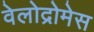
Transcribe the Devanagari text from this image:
वेलोद्रोमेस